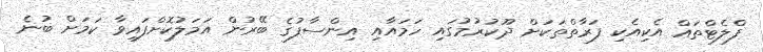
ފްލެޓްތައް އެކިއެކި ފަރާތްތަކަށް ދޫކުރުމުގައި ހަމައާއި އިންސާފުގެ ބޭރުން އަމަލުކޮށްފައިވާ ކަމަށް ބުނެ